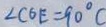
\angle C O E = 9 0 ^ { \circ } C